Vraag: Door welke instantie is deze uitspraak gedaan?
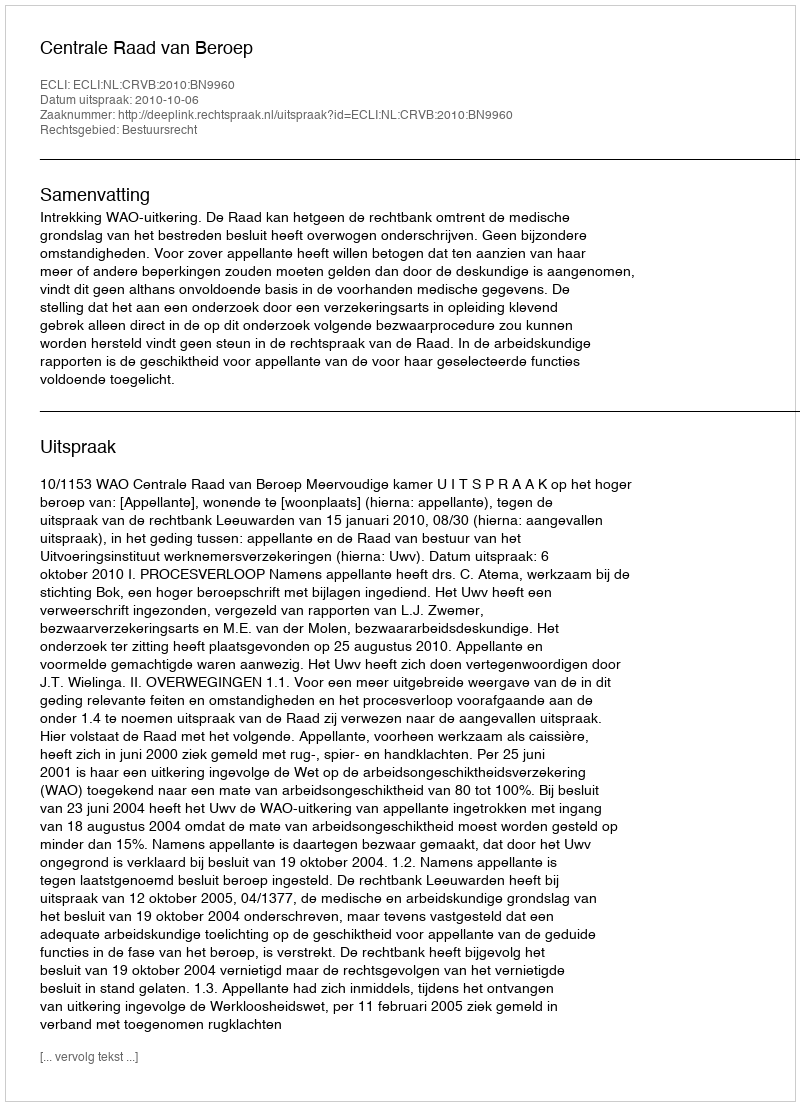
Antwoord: Centrale Raad van Beroep